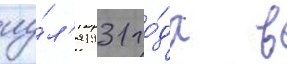
иу́л'я 1931 го́да в